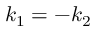
k _ { 1 } = - k _ { 2 }